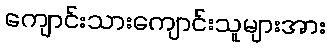
ကျောင်းသားကျောင်းသူများအား